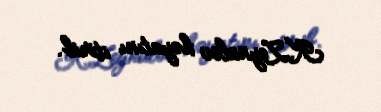
K.Zeynalov həyatını itirib.